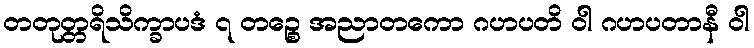
တတုတ္တရိသိက္ခာပဒံ ၇ တဉ္စေ အညာတကော ဂဟပတိ ဝါ ဂဟပတာနီ ဝါ